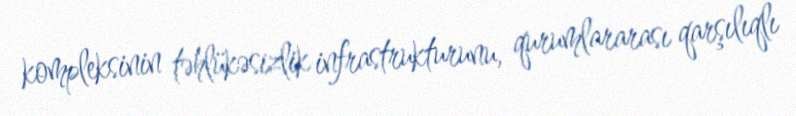
kompleksinin təhlükəsizlik infrastrukturunu, qurumlararası qarşılıqlı